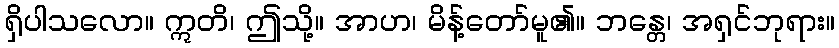
ရှိပါသလော။ ဣတိ၊ ဤသို့။ အာဟ၊ မိန့်တော်မူ၏။ ဘန္တေ၊ အရှင်ဘုရား။